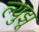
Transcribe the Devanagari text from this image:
ल्युझू